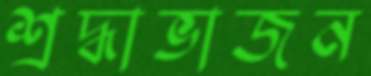
শ্রদ্ধাভাজন